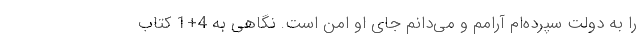
را به دولت سپرده‌ام آرامم و می‌دانم جای او امن است. نگاهی به 4+1 کتاب